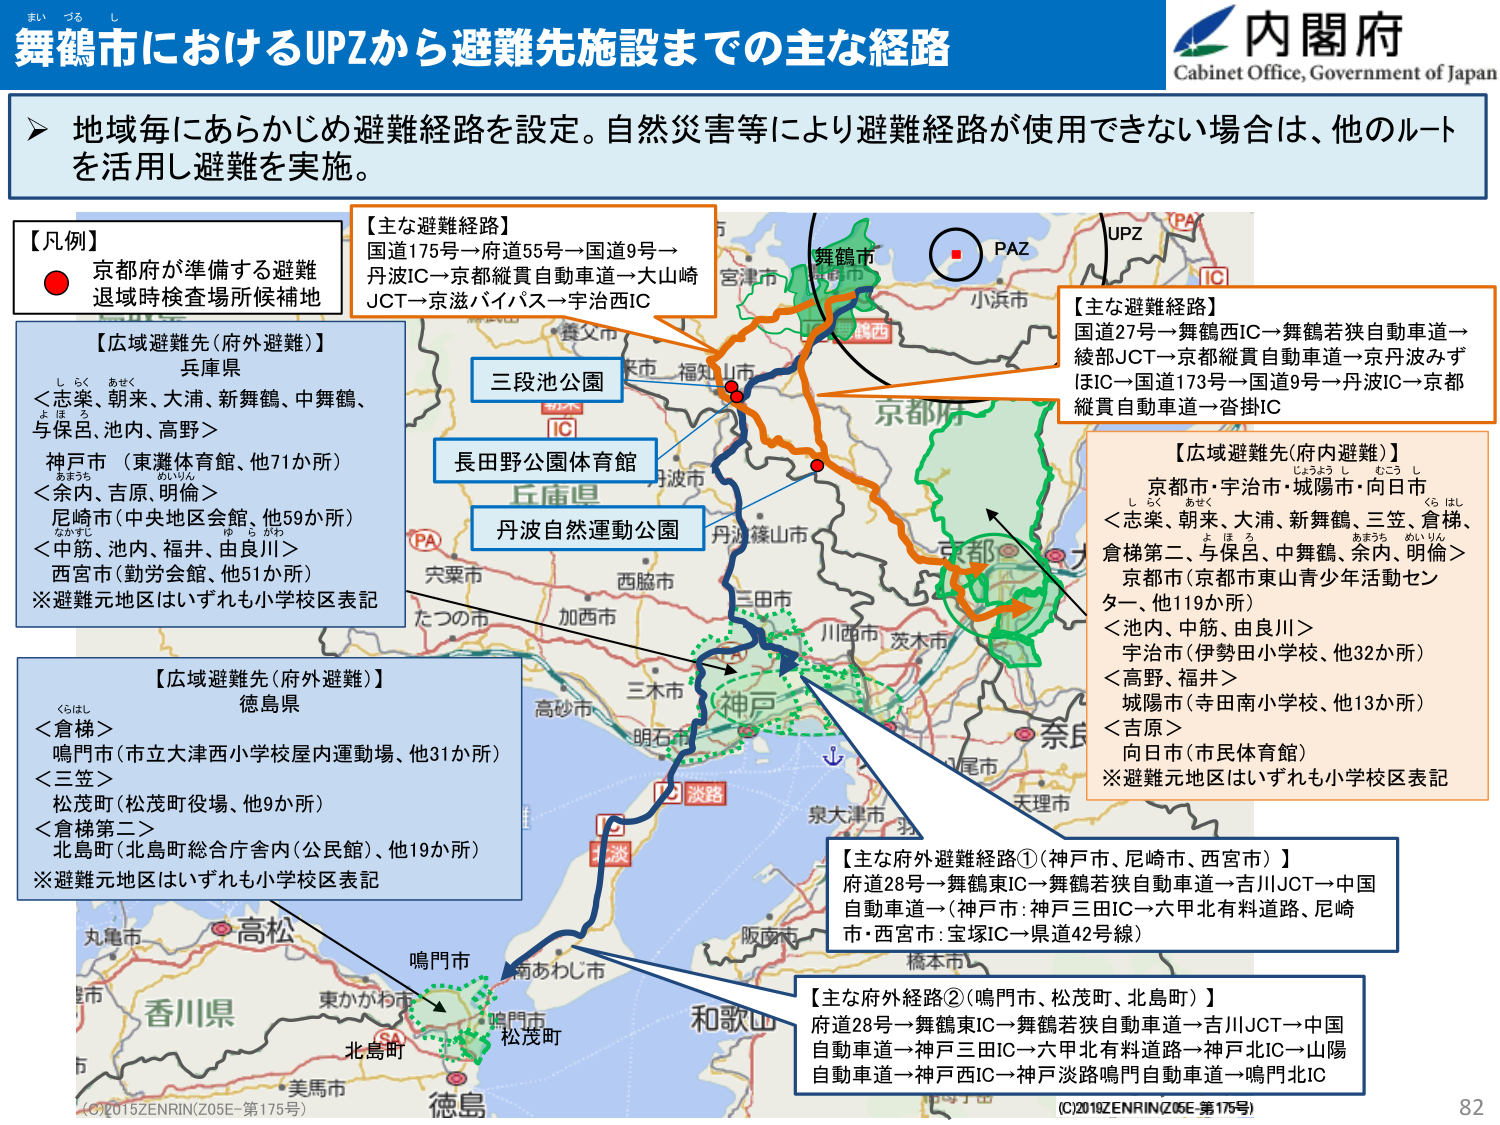
舞鶴市におけるUPZから避難先施設までの主な経路
内閣府
Cabinet Office, Government of Japan

地域毎にあらかじめ避難経路を設定。自然災害等により避難経路が使用できない場合は、他のルートを活用し避難を実施。

【凡例】
● 京都府が準備する避難退域時検査場所候補地

【主な避難経路】
国道175号→府道55号→国道9号→丹波IC→京都縦貫自動車道→大山崎JCT→京滋バイパス→宇治西IC

【広域避難先（府外避難）】
兵庫県
＜志楽、朝来、大浦、新舞鶴、中舞鶴、与保呂、池内、高野＞
神戸市（東灘体育館、他71か所）
＜余内、吉原、明倫＞
尼崎市（中央地区会館、他59か所）
＜中筋、池内、福井、由良川＞
西宮市（勤労会館、他51か所）
※避難元地区はいずれも小学校区表記

【主な避難経路】
国道27号→舞鶴西IC→舞鶴若狭自動車道→綾部JCT→京都縦貫自動車道→京丹波みずほIC→国道173号→国道9号→丹波IC→京都縦貫自動車道→沓掛IC

【広域避難先（府内避難）】
京都市・宇治市・城陽市・向日市
＜志楽、朝来、大浦、新舞鶴、三笠、倉梯、倉梯第二、与保呂、中舞鶴、余内、明倫＞
京都市（京都市東山青少年活動センター、他119か所）
＜池内、中筋、由良川＞
宇治市（伊勢田小学校、他32か所）
＜高野、福井＞
城陽市（寺田南小学校、他13か所）
＜吉原＞
向日市（市民体育館）
※避難元地区はいずれも小学校区表記

【広域避難先（府外避難）】
徳島県
＜倉梯＞
鳴門市（市立大津西小学校屋内運動場、他31か所）
＜三笠＞
松茂町（松茂町役場、他9か所）
＜倉梯第二＞
北島町（北島町総合庁舎内（公民館）、他19か所）
※避難元地区はいずれも小学校区表記

【主な府外避難経路①（神戸市、尼崎市、西宮市）】
府道28号→舞鶴東IC→舞鶴若狭自動車道→吉川JCT→中国自動車道→（神戸市：神戸三田IC→六甲北有料道路、尼崎市・西宮市：宝塚IC→県道42号線）

【主な府外経路②（鳴門市、松茂町、北島町）】
府道28号→舞鶴東IC→舞鶴若狭自動車道→吉川JCT→中国自動車道→神戸三田IC→六甲北有料道路→神戸北IC→山陽自動車道→神戸西IC→神戸淡路鳴門自動車道→鳴門北IC

三段池公園
長田野公園体育館
丹波自然運動公園

舞鶴市
PAZ
UPZ
IC
京都府
宮津市
小浜市
福知山市
丹波市
丹波篠山市
三田市
川西市
茨木市
奈良
尾市
天理市
泉大津市
大阪市
和歌山
高松
丸亀市
香川県
東かがわ市
美馬市
徳島
鳴門市
南あわじ市
松茂町
北島町
淡路
淡
PA
SA
（C）2015ZENRIN（Z05E-第175号）
（C）2019ZENRIN（Z05E-第176号）
82